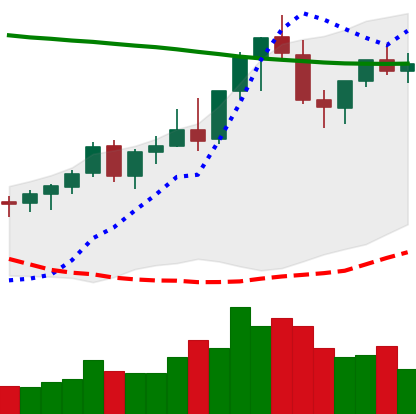
Ticker: EOS-USD
Chart end date: 2021-08-22
Forward return: -6.275%
Label: down_5_7